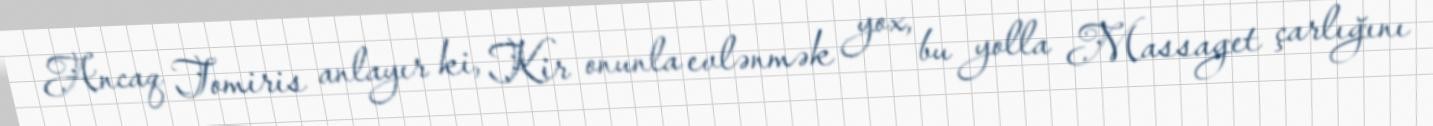
Ancaq Tomiris anlayır ki, Kir onunla evlənmək yox, bu yolla Massaget çarlığını